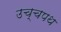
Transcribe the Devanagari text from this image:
उच्चपथ